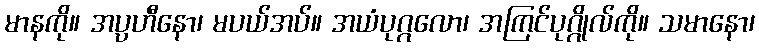
မာနကို။ အပ္ပဟီနော၊ မပယ်အပ်။ အယံပုဂ္ဂလော၊ အကြင်ပုဂ္ဂိုလ်ကို။ သမာနော၊